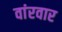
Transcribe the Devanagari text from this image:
वांरवार